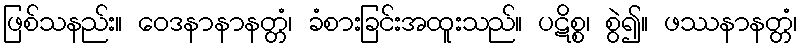
ဖြစ်သနည်း။ ဝေဒနာနာနတ္တံ၊ ခံစားခြင်းအထူးသည်။ ပဋိစ္စ၊ စွဲ၍။ ဖဿနာနတ္တံ၊